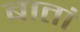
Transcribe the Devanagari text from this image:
बातां